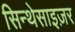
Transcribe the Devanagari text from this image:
सिन्थेसाइज़र